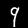
Label: 9